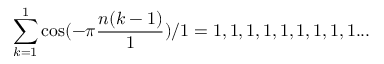
\sum _ { k = 1 } ^ { 1 } \cos ( - \pi { \frac { n ( k - 1 ) } { 1 } } ) / 1 = 1 , 1 , 1 , 1 , 1 , 1 , 1 , 1 , 1 . . .